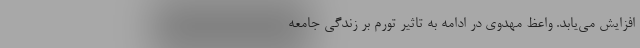
افزایش می‌یابد. واعظ مهدوی در ادامه به تاثیر تورم بر زندگی جامعه